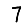
Digit: 7